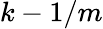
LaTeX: k-1/m